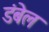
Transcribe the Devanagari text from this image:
डंबेल